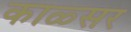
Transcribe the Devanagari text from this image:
काळ्सर